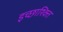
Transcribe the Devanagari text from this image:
इच्छाश्क्ति